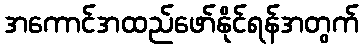
အကောင်အထည်ဖော်နိုင်ရန်အတွက်